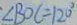
\angle B O C = 1 2 0 ^ { \circ }